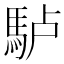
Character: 𩢬